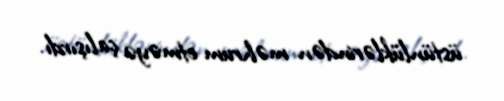
üstünlüklərindən məhrum etməyə çalışırdı.